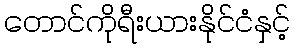
တောင်ကိုရီးယားနိုင်ငံနှင့်